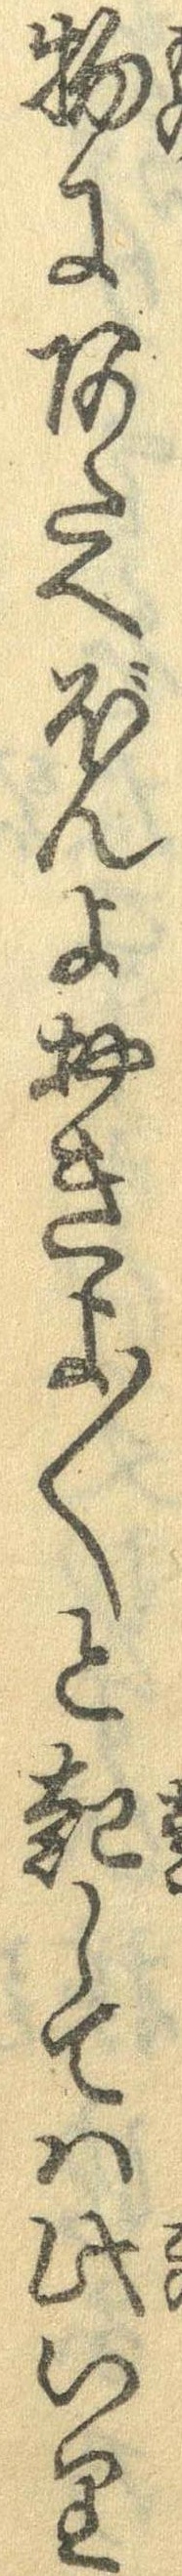
物にあたへぼんよおきよ〱と起しては此いり